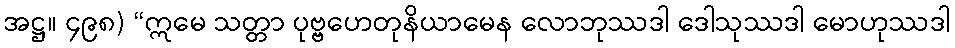
အဋ္ဌ။ ၄၉၈) “ဣမေ သတ္တာ ပုဗ္ဗဟေတုနိယာမေန လောဘုဿဒါ ဒေါသုဿဒါ မောဟုဿဒါ